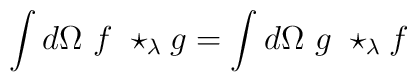
\int d\Omega \ f \ \star_{\lambda} g= \int d\Omega \ g \ \star_{\lambda} f